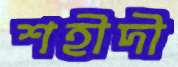
শহীদী